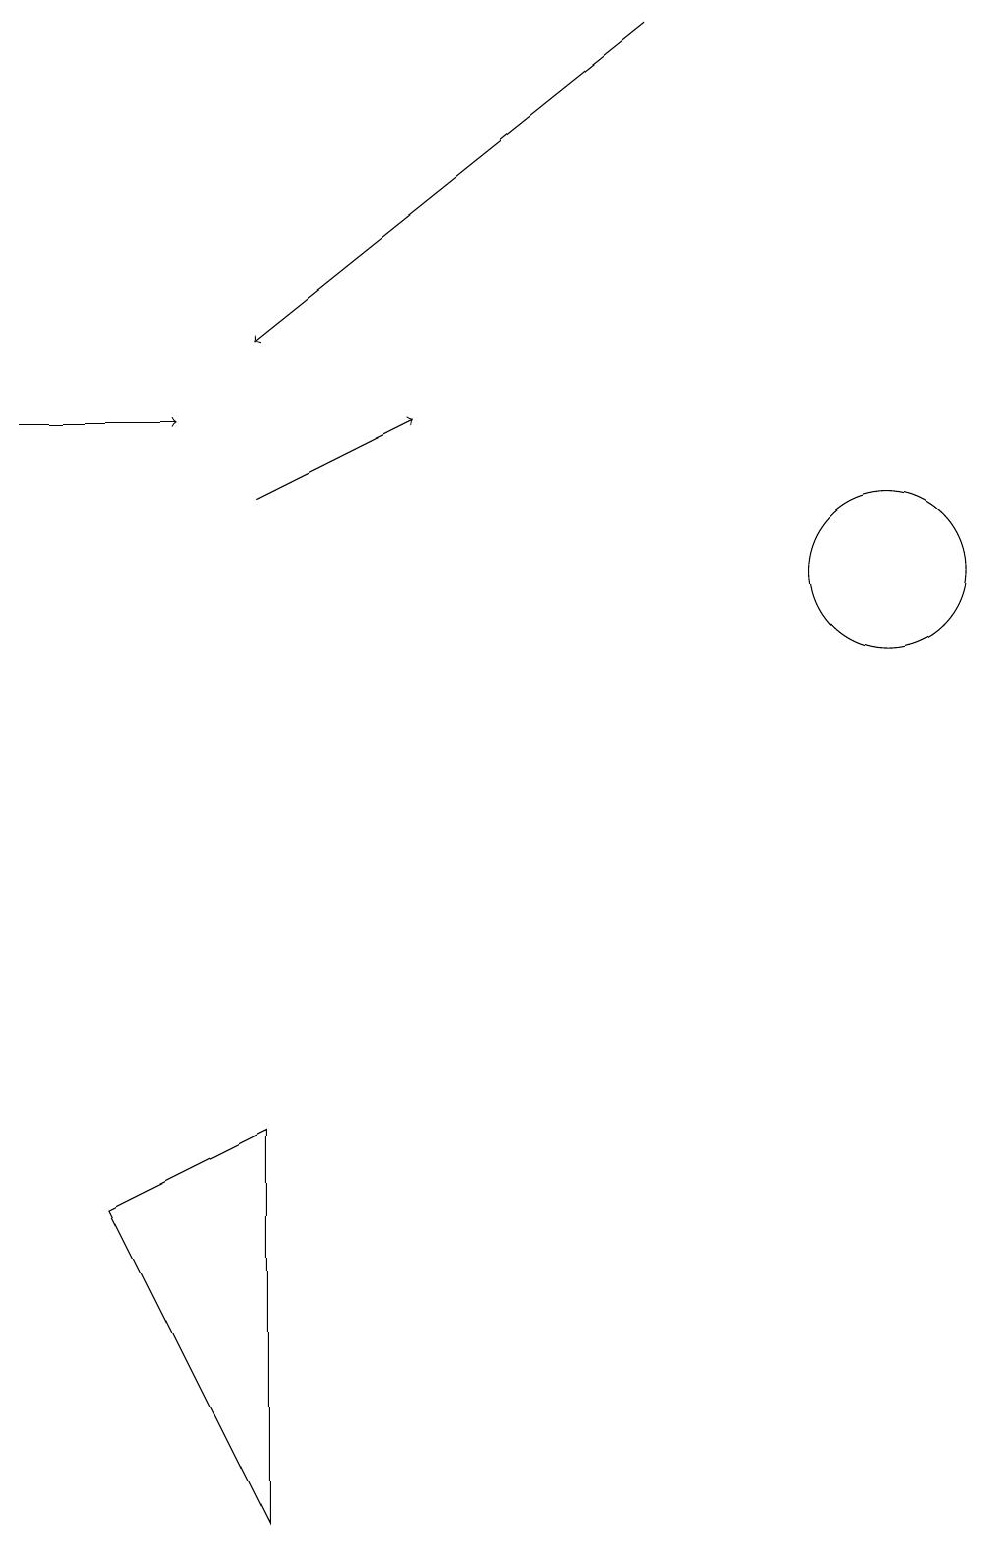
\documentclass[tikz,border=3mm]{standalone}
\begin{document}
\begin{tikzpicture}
\draw[->] (8,19) -- (3,15);
\draw[->] (0,14) -- (2,14);
\draw (3,0) -- (1,4) -- (3,5) -- cycle;
\draw[->] (3,13) -- (5,14);
\draw (11,12) circle (1);
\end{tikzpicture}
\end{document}